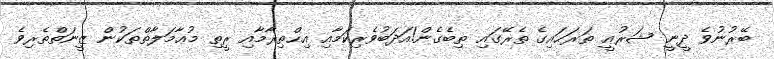
ބޭރުނުވެ ދީނީ ޝަރުޢީ ތަރަޙައިގެ ތެރޭގައި ތިބެގެން!އަދަބުވެރިކަމާއި އިޙްތިރާމާއި ރީތި މުޢާމަލާތްތަކުން ޒީނަތްތެރިވެ